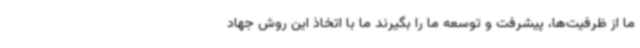
ما از ظرفیت‌ها، پیشرفت و توسعه ما را بگیرند ما با اتخاذ این روش جهاد